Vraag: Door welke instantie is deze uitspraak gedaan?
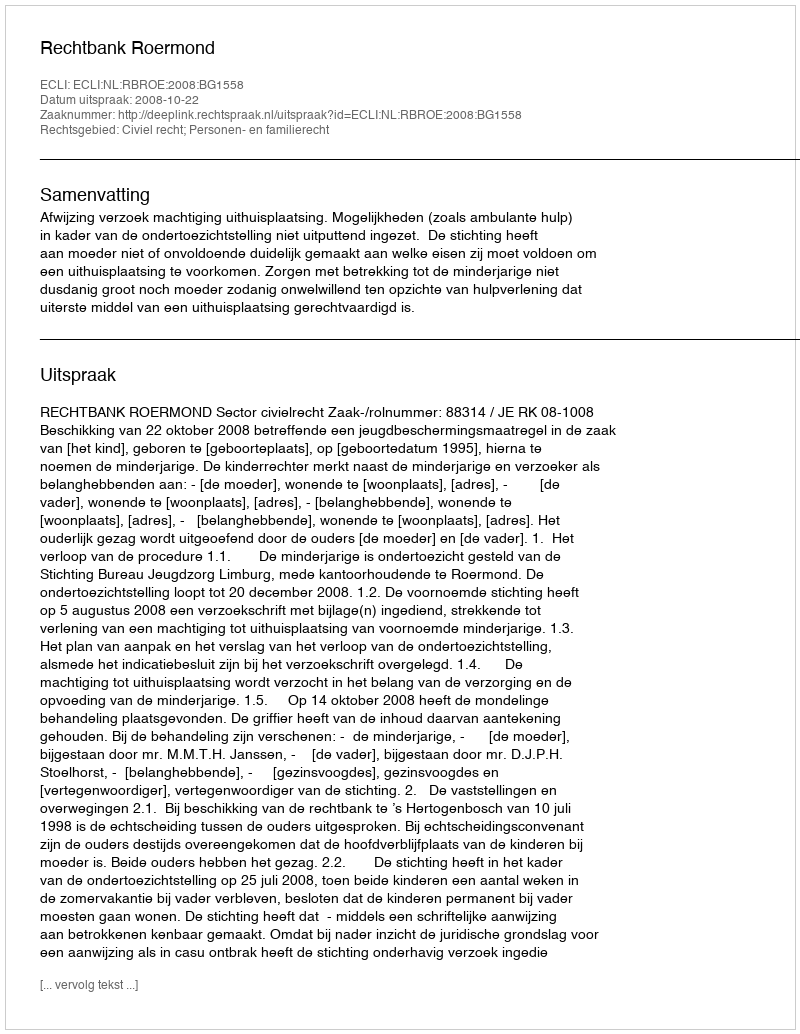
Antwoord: Rechtbank Roermond